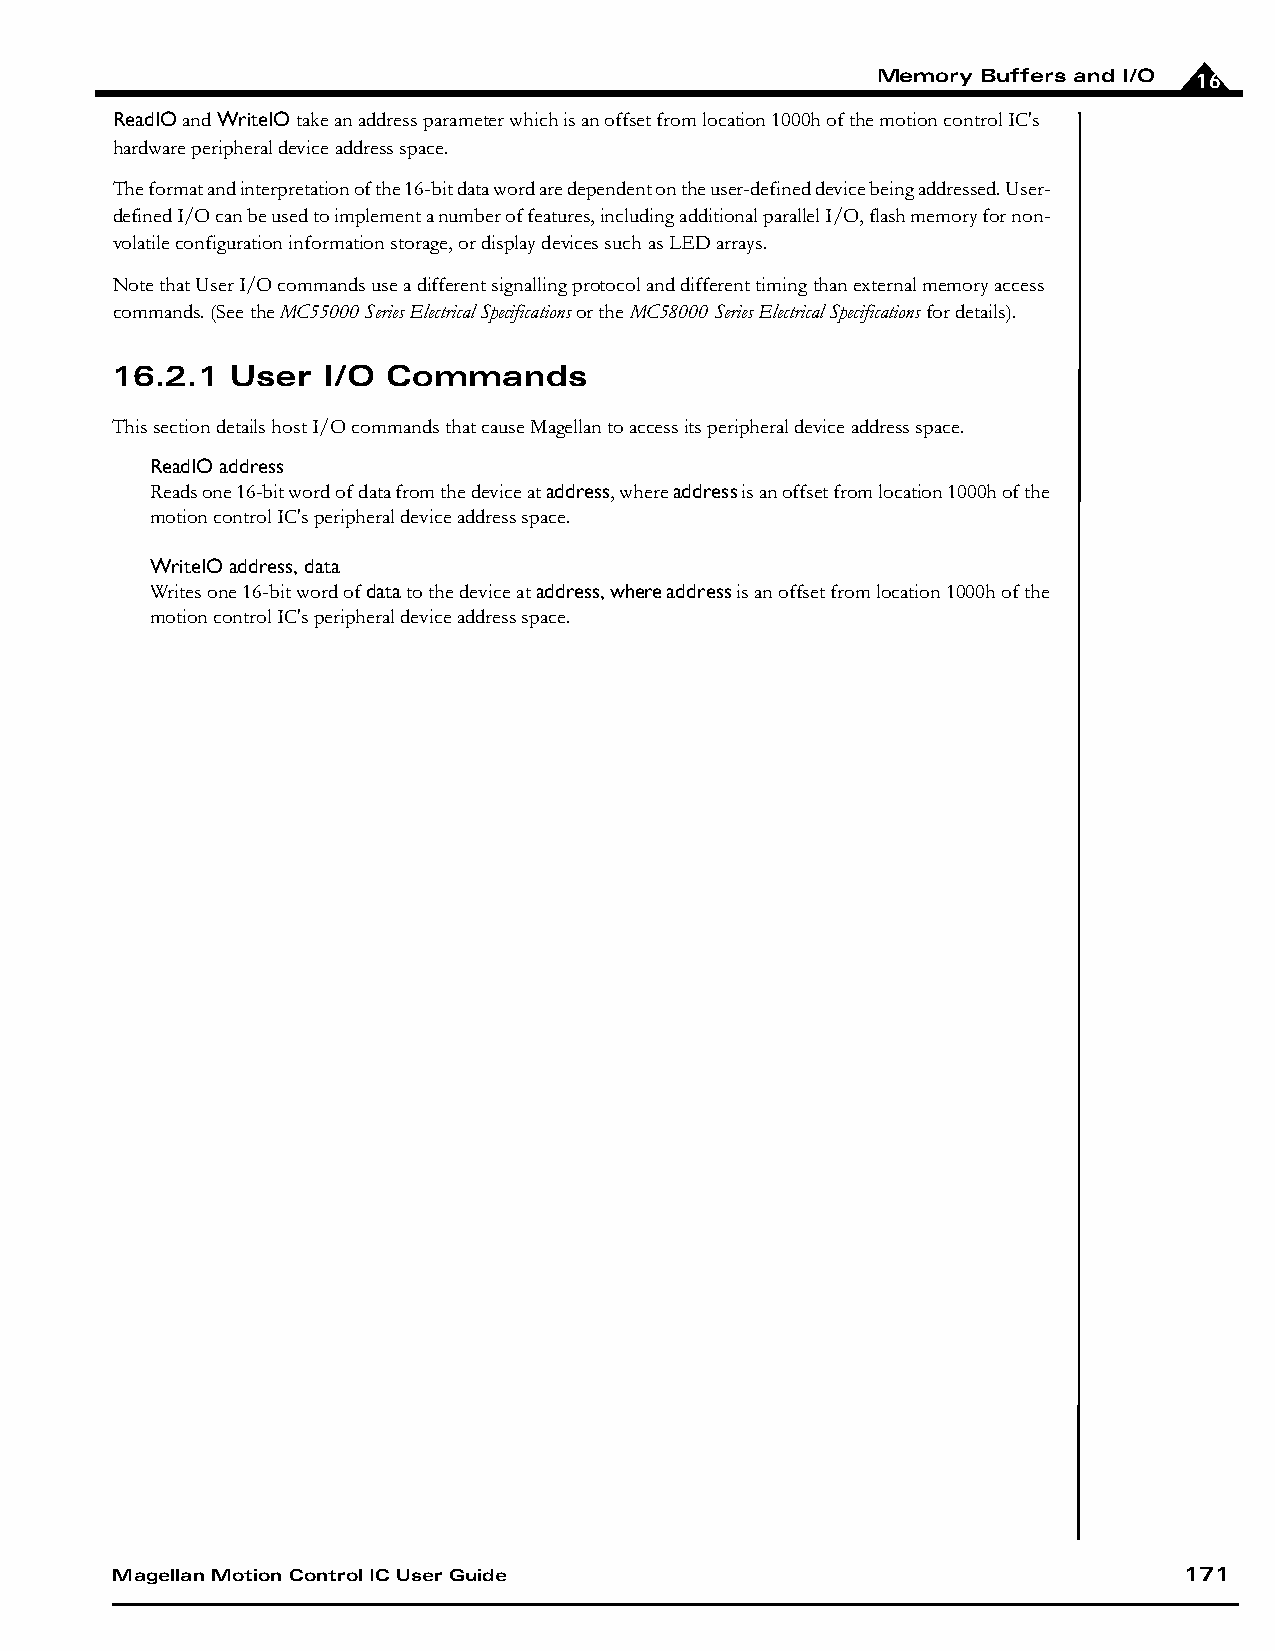
Memory Buffers and I/O 16
 ReadIO and WriteIO take an address parameter which is an offset from location 1000h of the motion control IC's
 hardware peripheral device address space.
 The format and interpretation of the 16-bit data word are dependent on the user-defined device being addressed. User-
 defined I/O can be used to implement a number of features, including additional parallel I/O, flash memory for non-
 volatile configuration information storage, or display devices such as LED arrays.
 Note that User I/O commands use a different signalling protocol and different timing than external memory access
 commands. (See the MC55000 Series Electrical Specifications or the MC58000 Series Electrical Specifications for details).
 16.2.1  User  I/O  Commands
 This section details host I/O commands that cause Magellan to access its peripheral device address space.
 ReadIO address
 Reads one 16-bit word of data from the device at address, where address is an offset from location 1000h of the
 motion control IC's peripheral device address space.
 WriteIO address, data
 Writes one 16-bit word of data to the device at address, where address is an offset from location 1000h of the
 motion control IC's peripheral device address space.
 Magellan Motion Control IC User Guide                                  171